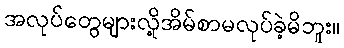
အလုပ်တွေများလို့အိမ်စာမလုပ်ခဲ့မိဘူး။